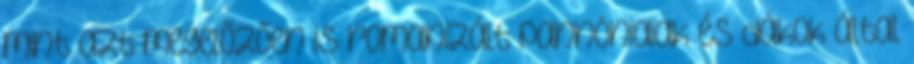
mint azt megelőzően is romanizált pannóniaiak és dákok által